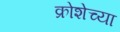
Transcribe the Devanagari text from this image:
क्रोशेच्या